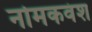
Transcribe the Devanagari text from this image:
नोमकवंश